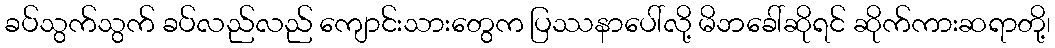
ခပ်သွက်သွက် ခပ်လည်လည် ကျောင်းသားတွေက ပြဿနာပေါ်လို့ မိဘခေါ်ဆိုရင် ဆိုက်ကားဆရာတို့၊